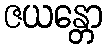
ဇယန္တော